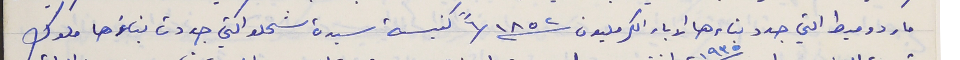
مار دوميط التي جدد بناءها الاباء الكرمليون سنة ١٨٥٢ /٦" كنيسة سيدة شحلو التي جددت بناؤها ملوك